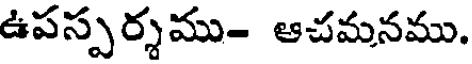
ఉపస్పర్శము- ఆచమనము.